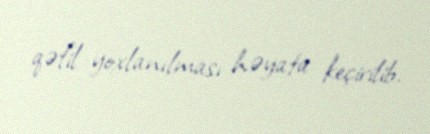
qəfil yoxlanılması həyata keçirilib.